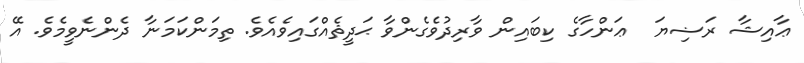
ޢާއިޝާ ރަޟިޔަ  ޢަންހާގެ ކިބައިން ވާރިދުވެގެންވާ ޙަދީޘެއްގައިވެއެވެ. ތިމަންކަމަނާ ދެންނެވީމެވެ. އޭ